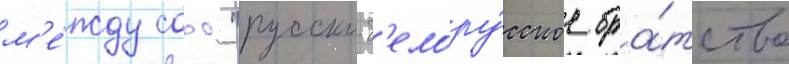
м'е́жду сооо "русско-б'елору́сское бра́тство